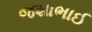
જશાભાઈ